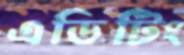
এডিটিং